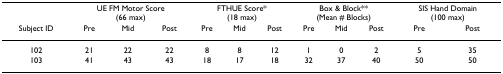
<table><thead><tr><td></td><td colspan="3"><b>UE FM Motor Score(66 max)</b></td><td colspan="3"><b>FTHUE Score*(18 max)</b></td><td colspan="3"><b>Box &amp; Block**(Mean # Blocks)</b></td><td colspan="2"><b>SIS Hand Domain(100 max)</b></td></tr><tr><td><b>Subject ID</b></td><td><b>Pre</b></td><td><b>Mid</b></td><td><b>Post</b></td><td><b>Pre</b></td><td><b>Mid</b></td><td><b>Post</b></td><td><b>Pre</b></td><td><b>Mid</b></td><td><b>Post</b></td><td><b>Pre</b></td><td><b>Post</b></td></tr></thead><tbody><tr><td>102</td><td>21</td><td>22</td><td>22</td><td>8</td><td>8</td><td>12</td><td>1</td><td>0</td><td>2</td><td>5</td><td>35</td></tr><tr><td>103</td><td>41</td><td>43</td><td>43</td><td>18</td><td>17</td><td>18</td><td>32</td><td>37</td><td>40</td><td>50</td><td>50</td></tr></tbody></table>